Resolution on Dr Rogers' report on Kala azar.
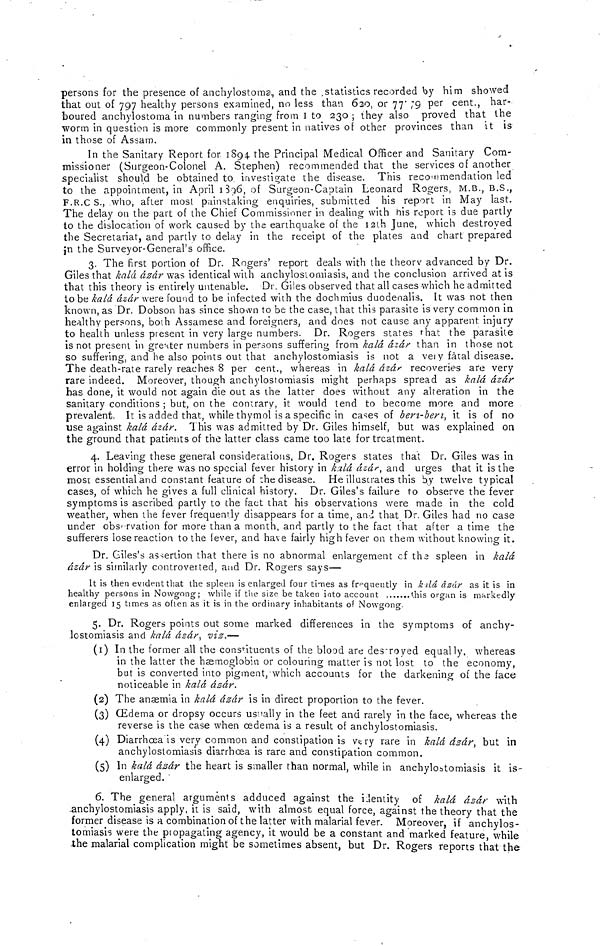
persons for the presence of anchylostoms, and the statistics recorded by him showed
that out of 797 healthy persons examined, no less than 620, or 77 79 per cent., har-
boured anchylostoma in numbers ranging from I to 230 ; they also proved that the
worm in question is more commonly present in natives of other provinces than it is
in those of Assam.
In the Sanitary Report for 1894 the Principal Medical Officer and Sanitary Com-
missioner (Surgeon-Colonel A. Stephen) recommended that the services of another
specialist should be obtained to investigate the disease. This recommendation led
to the appointment, in April 1396, of Surgeon-Captain Leonard Rogers, M.B., B.S.,
F.R.C S., who, after most painstaking enquiries, submitted his report in May last.
The delay on the part of the Chief Commissioner in dealing with his report is due partly
to the dislocation of work caused by the earthquake of the 12th June, which destroyed
the Secretariat, and partly to delay in the receipt of the plates and chart prepared
in the Surveyor-General's office.
3. The first portion of Dr. Rogers' report deals with the theory advanced by Dr.
Giles that kalá ázár was identical with anchylostomiasis, and the conclusion arrived at is
that this theory is entirely untenable. Dr. Giles observed that all cases which he admitted
tobe kalá ázár were found to be infected with the dochmius duodenalis. It was not then
known, as Dr. Dobson has since shown to be the case, that this parasite is very common in
healthy persons, both Assamese and foreigners, and does not cause any apparent injury
to health unless present in very large numbers. Dr. Rogers states that the parasite
is not present in greater numbers in persons suffering from kalá ázár than in those not
so suffering, and he also points out that anchylostomiasis is not a very fatal disease.
The death-rate rarely reaches 8 per cent., whereas in kalá ázár recoveries are very
rare indeed. Moreover, though anchylostomiasis might perhaps spread as kalá ázár
has done, it would not again die out as the latter does without any alteration in the
sanitary conditions ; but, on the contrary, it would tend to become more and more
prevalent. It is added that, while thymol is a specific in cases of beni-beni, it is of no
use against kalá ázár. This was admitted by Dr. Giles himself, but was explained on
the ground that patients of the latter class came too late for treatment.
4. Leaving these general considerations, Dr. Rogers states that Dr. Giles was in
error in holding there was no special fever history in kálá ázár, and urges that it is the
most essential and constant feature of :he disease. He illuscrates this by twelve typical
cases, of which he gives a full clinical history. Dr. Giles's failure to observe the fever
symptoms is ascribed partly to the fact that his observations were made in the cold
weather, when the fever frequently disappears for a time, and that Dr. Giles had no case
under observation for more than a month, and partly to the fact that after a time the
sufferers lose reaction to the fever, and have fairly high fever on them without knowing it.
Dr. Giles's assertion that there is no abnormal enlargement cf the spleen in kalá
ásár is similarly controverted, and Dr. Rogers says—
It is then evident that the spleen is enlarged four times as frequently in kilá, ásár as it is in
healthy persons in Nowgong; while if the size be taken into account
this organ is markedly
enlarged 15 times as often as it is in the ordinary inhabitants of Nowgong.
5. Dr. Rogers points out some marked differences in the symptoms of anchy-
lostomiasis and kalá ásár, vis.-—
(I) In the former all the constituents of the blood are destroyed equally, whereas
in the latter the haemoglobin or colouring matter is not lost to the economy,
but is converted into pigment, which accounts for the darkening of the face
noticeable in kalá ásár.
(2) The anæmia in kalá ásár is in direct proportion to the fever.
(3) Œdema or dropsy occurs usually in the feet and rarely in the face, whereas the
reverse is the case when œdema is a result of anchylostomiasis.
(4) Diarrhœa is very common and constipation is very rare in kalá ázár, but in
anchylostomiasis diarrhœa is rare and constipation common.
(5) In kalá ázár the heart is smaller than normal, while in anchylostomiasis it is-
enlarged.
6. The general arguments adduced against the identity of kalá ázár with
anchylostomiasis apply, it is said, with almost equal force, against the theory that the
former disease is a combination of the latter with malarial fever. Moreover, if anchylos-
tomiasis were the piopagating agency, it would be a constant and marked feature, while
the malarial complication might be sometimes absent, but Dr. Rogers reports that the